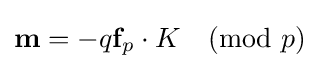
{\textbf {m}}=-q{\textbf {f}}_{p}\cdot K{\pmod {p}}